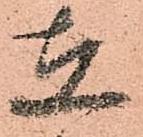
在